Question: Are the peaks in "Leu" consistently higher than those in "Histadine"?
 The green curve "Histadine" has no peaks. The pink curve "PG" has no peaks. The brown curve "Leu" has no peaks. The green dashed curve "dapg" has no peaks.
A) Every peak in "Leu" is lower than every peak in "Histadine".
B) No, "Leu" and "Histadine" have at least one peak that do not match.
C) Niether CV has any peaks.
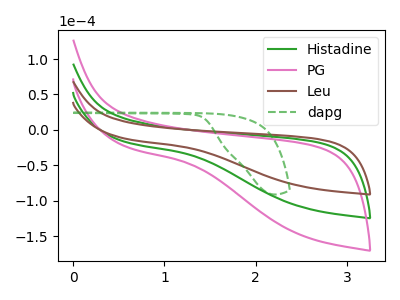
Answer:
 <answer>C) Niether CV has any peaks.</answer>
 <eval>C</eval>